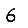
Digit: 6